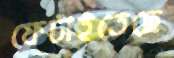
ফেটাইতেছে